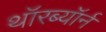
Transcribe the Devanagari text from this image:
थॉरब्यॉर्न